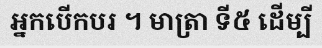
អ្នកបើកបរ ។ មាត្រា ទី៥ ដើម្បី